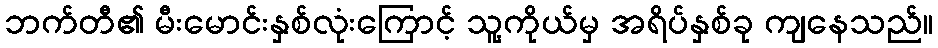
ဘက်တီ၏ မီးမောင်းနှစ်လုံးကြောင့် သူ့ကိုယ်မှ အရိပ်နှစ်ခု ကျနေသည်။